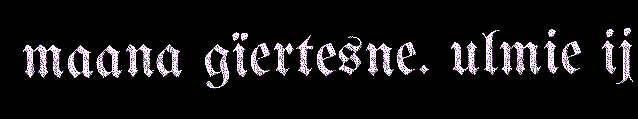
maana gïertesne. ulmie ij